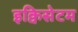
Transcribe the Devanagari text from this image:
इक्विसेटम